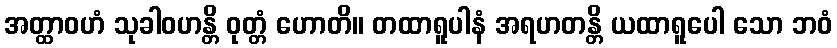
အတ္ထာဝဟံ သုခါဝဟန္တိ ဝုတ္တံ ဟောတိ။ တထာရူပါနံ အရဟတန္တိ ယထာရူပေါ သော ဘဝံ